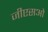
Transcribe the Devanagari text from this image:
जीएसओ